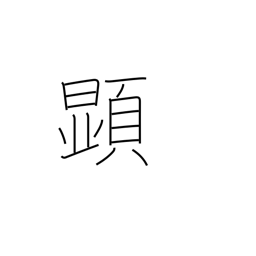
Meaning: appear